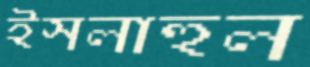
ইসলাহুল